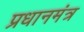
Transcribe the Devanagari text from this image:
प्रधानमंत्र